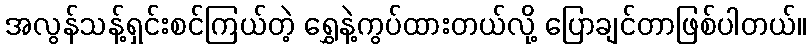
အလွန်သန့်ရှင်းစင်ကြယ်တဲ့ ရွှေနဲ့ကွပ်ထားတယ်လို့ ပြောချင်တာဖြစ်ပါတယ်။